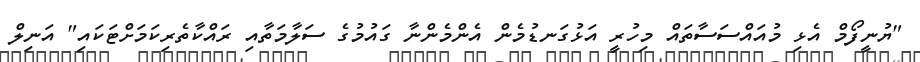
"ޔުނީފޯމް އެޅި މުއައްސަސާތައް މިހުރީ އަޅުގަނޑުމެން އެންމެންނާ ގައުމުގެ ސަލާމަތާއި ރައްކާތެރިކަމަށްޓަކައި" އަނިލް